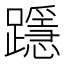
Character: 𨆲